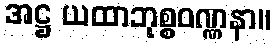
အဋ္ဌ ယထာဘုစ္စဝဏ္ဏနာ။